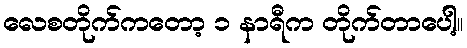
လေစတိုက်ကတော့ ၁ နာရီက တိုက်တာပေါ့။